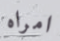
امراه